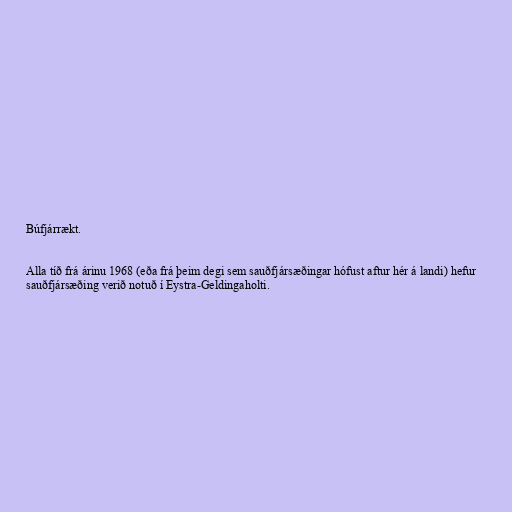
Búfjárrækt.

Alla tíð frá árinu 1968 (eða frá þeim degi sem sauðfjársæðingar hófust aftur hér á landi) hefur
sauðfjársæðing verið notuð í Eystra-Geldingaholti.